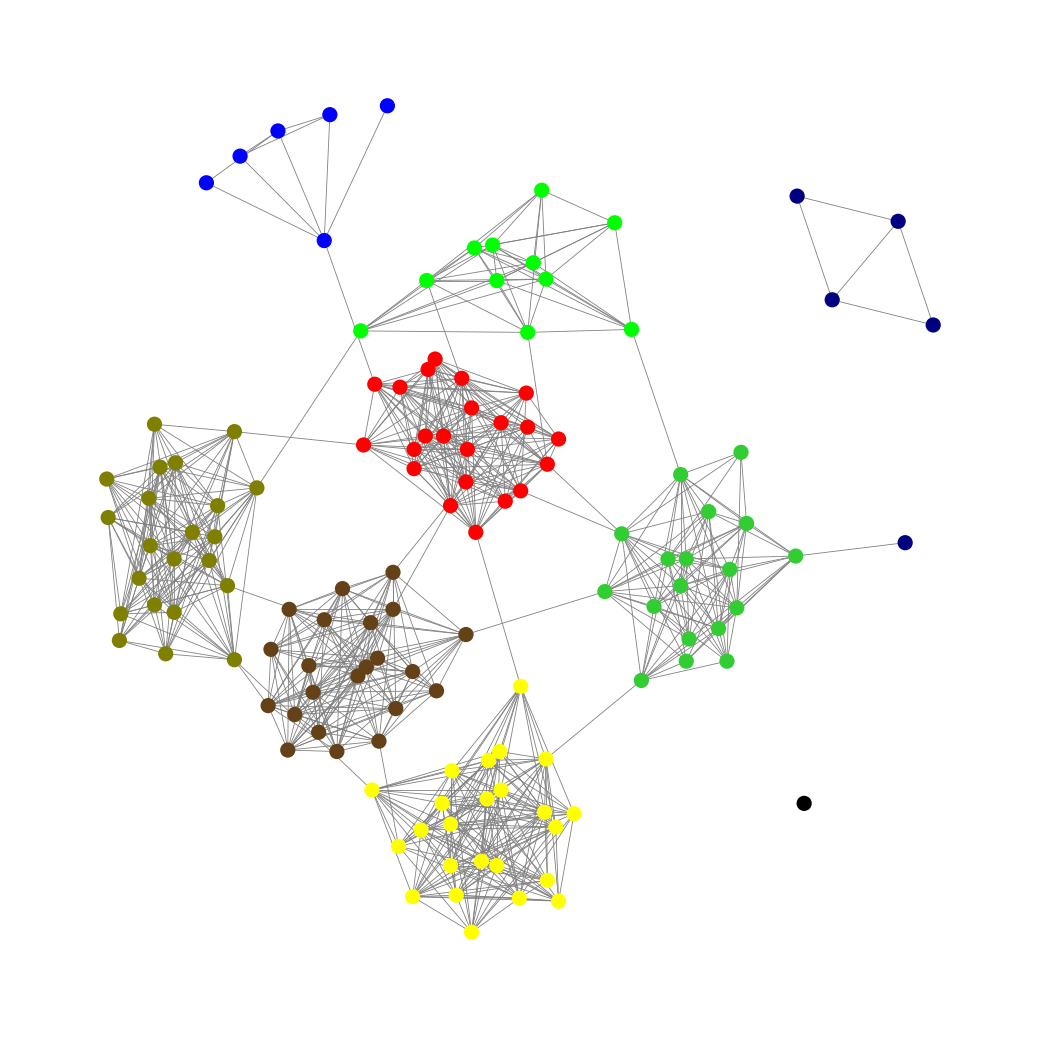
Graph connected: No
Number of connected components: 3
Number of singletons: 1
Total number of nodes: 131
Total number of edges: 838
Number of communities: 9
Community sizes:
Black: 1
Blue: 6
Lime: 11
Lime Green: 18
Navy: 5
Olive: 22
Pullman Brown: 22
Red: 22
Yellow: 24
Graph layout: tda
Graph generation method: erdos_renyi